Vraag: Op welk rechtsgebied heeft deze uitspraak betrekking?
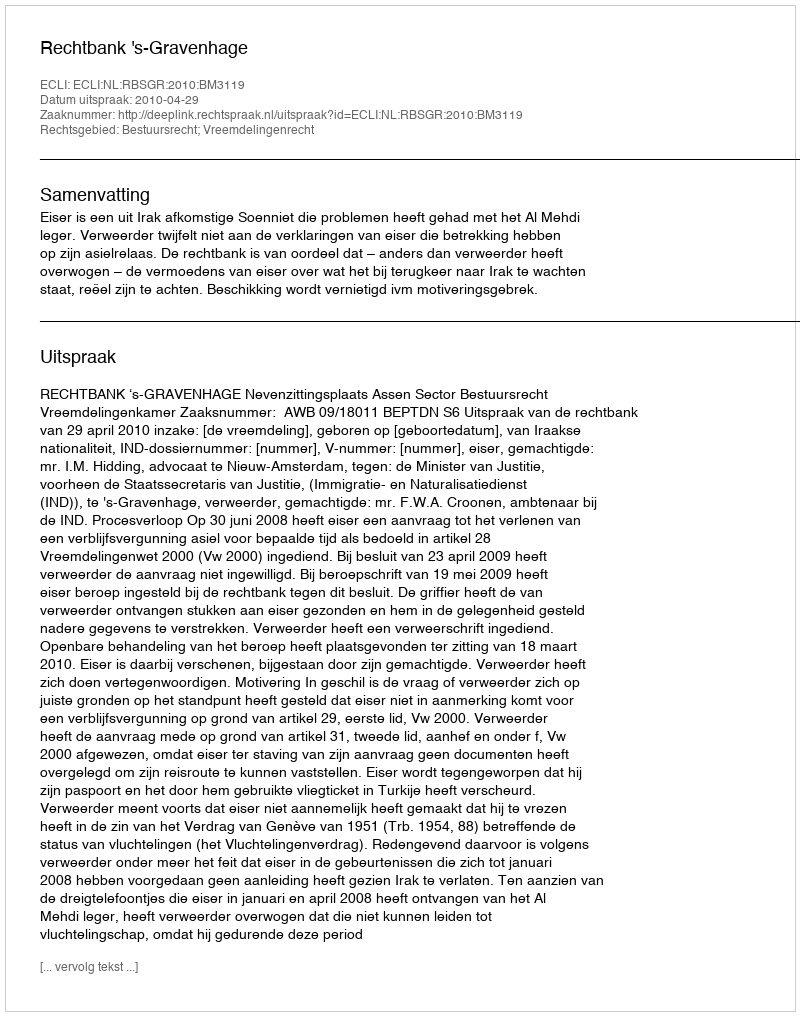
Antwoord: Bestuursrecht; Vreemdelingenrecht